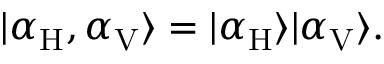
\begin{array} { r } { | \alpha _ { \mathrm { H } } , \alpha _ { \mathrm { V } } \rangle = | \alpha _ { \mathrm { H } } \rangle | \alpha _ { \mathrm { V } } \rangle . } \end{array}